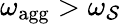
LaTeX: \omega_{\mathrm{agg}}>\omega_{\mathcal{S}}